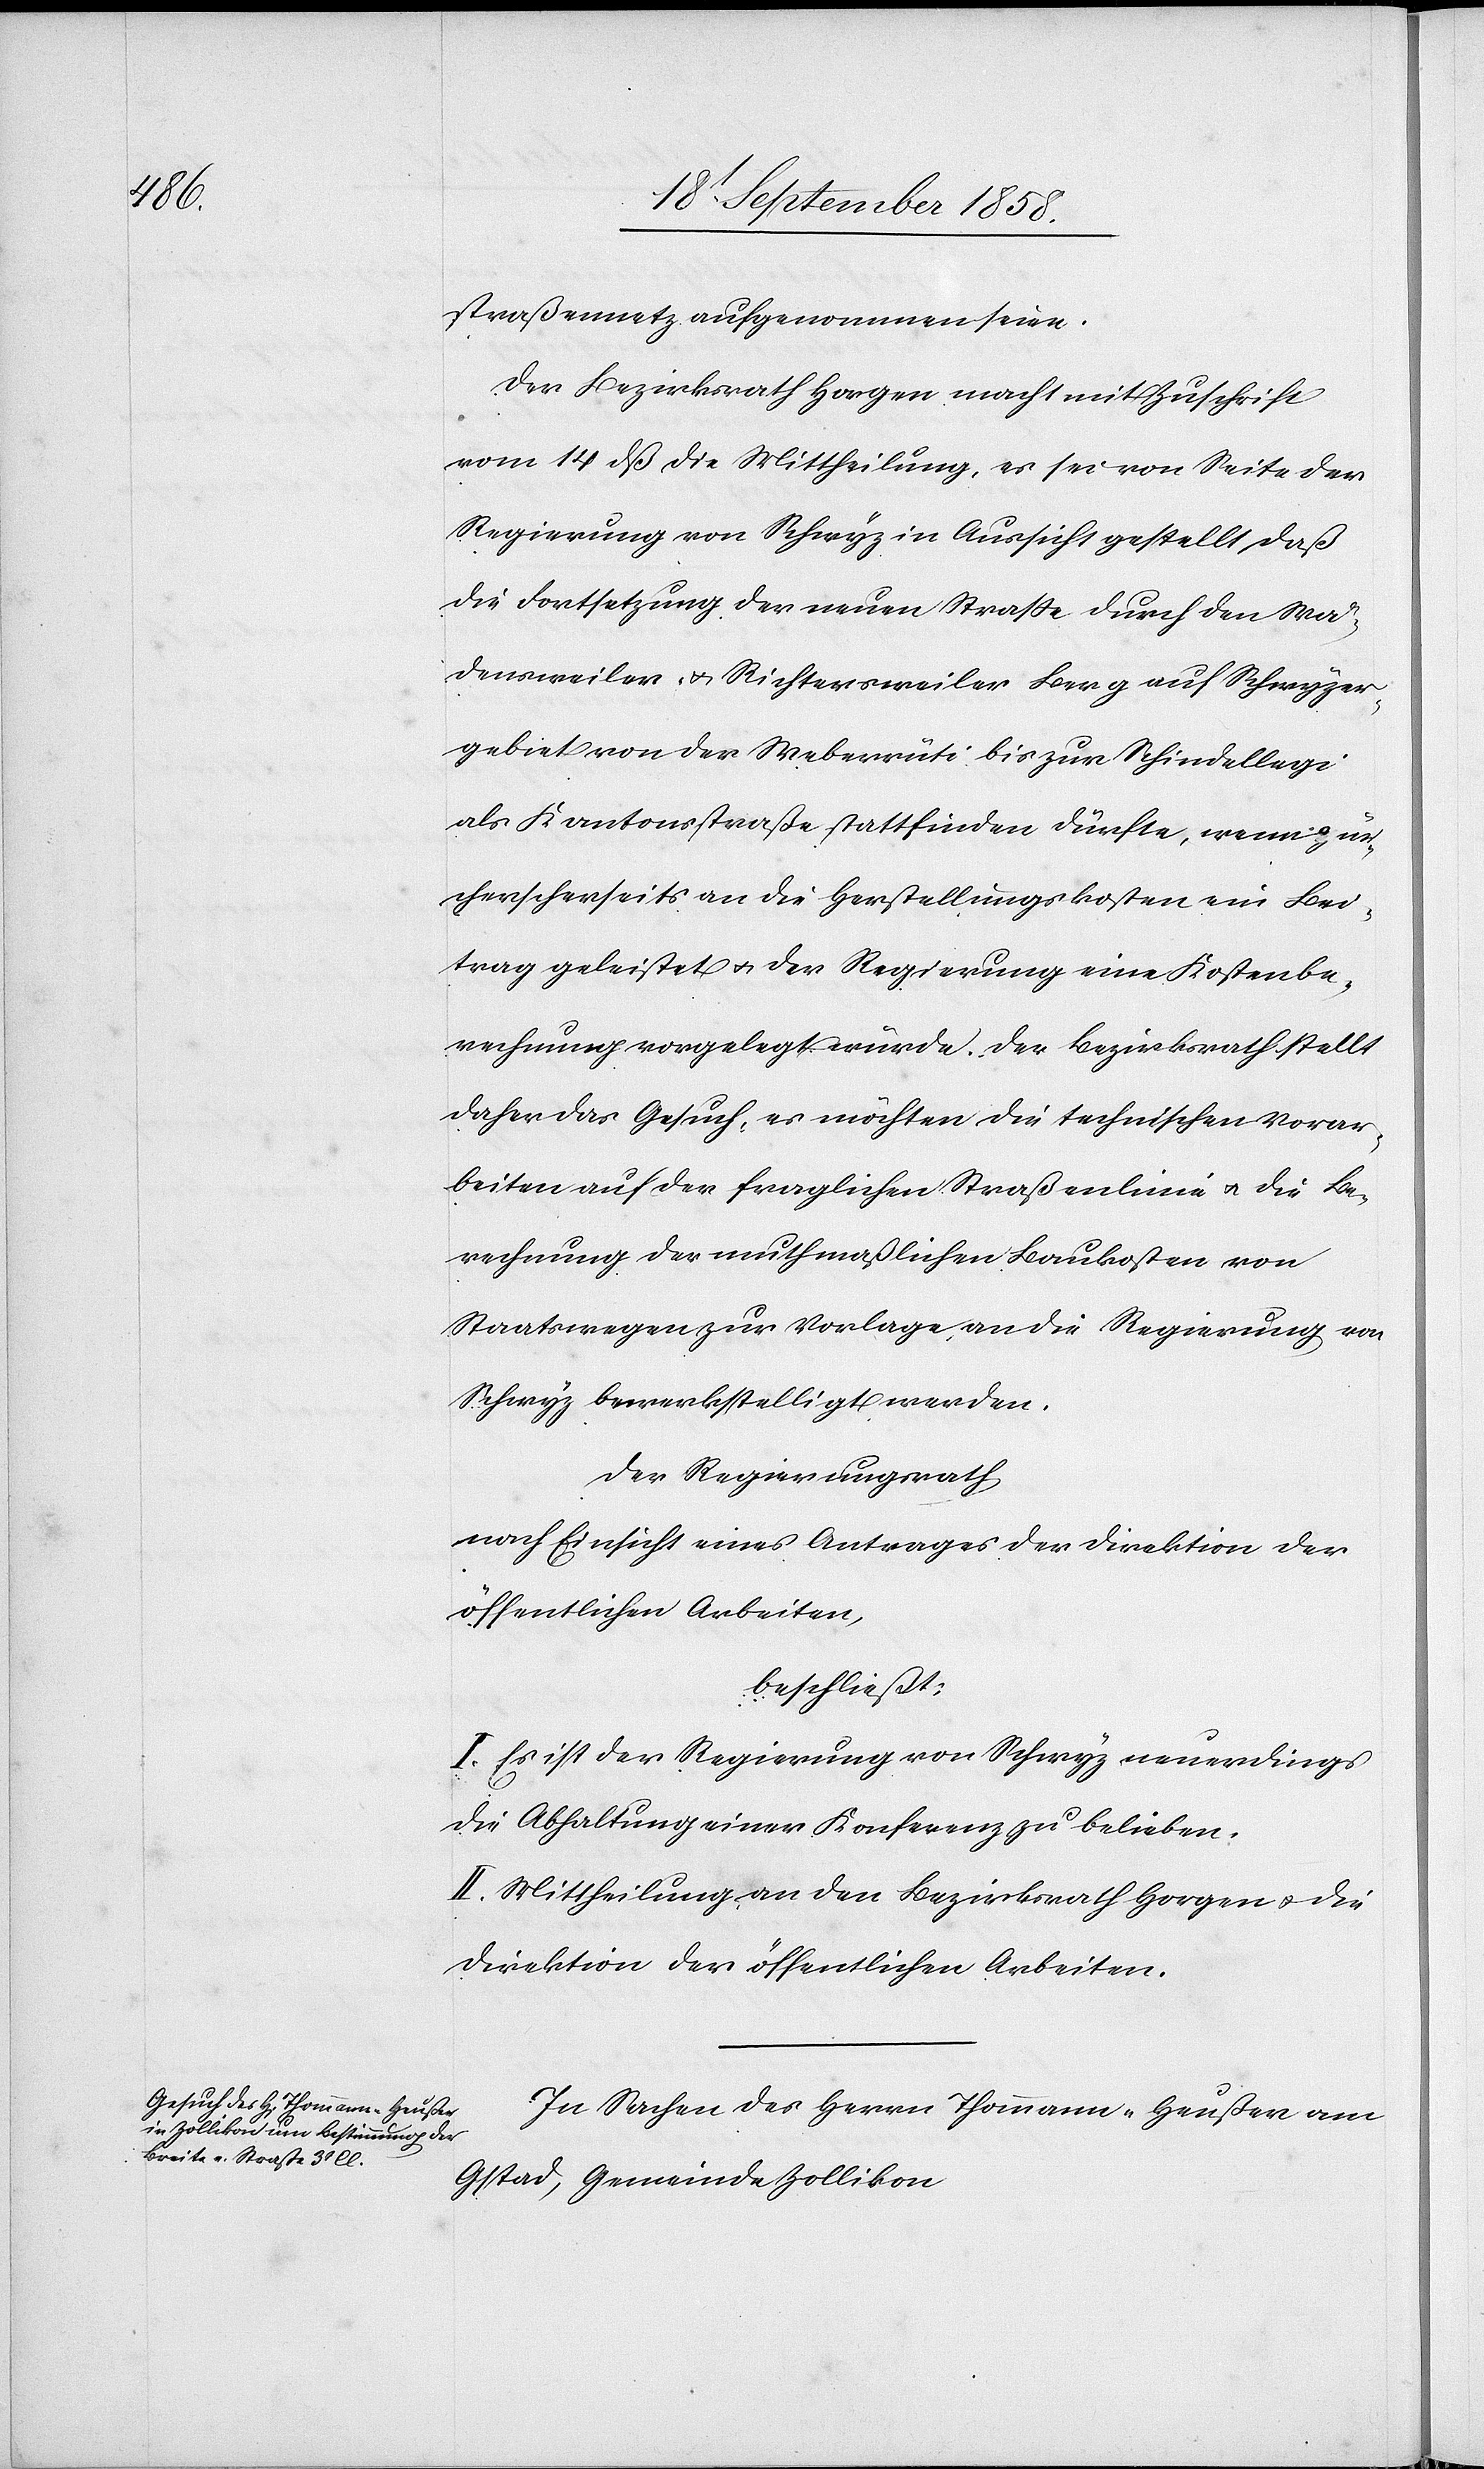
straßennetz aufgenommen seien.
Der Bezirksrath Horgen macht mit Zuschrift
vom 14 dß die Mittheilung, es sei von Seite der
Regierung von Schwyz in Aussicht gestellt, daß
die Fortsetzung der neuen Straße durch den Wä¬
densweiler- & Richtersweiler Berg auf Schwyzer¬
gebiet von der Weberrüti bis zur Schindellegi
als Kantonsstraße stattfinden dürfte, wenn zür¬
cherscherseits an die Herstellungskosten ein Bei¬
trag geleistet & der Regierung eine Kostenbe¬
rechnung vorgelegt würde. Der Bezirksrath stellt
daher das Gesuch, es möchten die technischen Vorar¬
beiten auf der fraglichen Straßenlinie & die Be¬
rechnung der muthmaßlichen Baukosten von
Staatswegen zur Vorlage an die Regierung von
Schwyz bewerkstelligt werden.
Der Regierungsrath
nach Einsicht eines Antrages der Direktion der
öffentlichen Arbeiten,
beschließt:
I. Es ist der Regierung von Schwyz neuerdings
die Abhaltung einer Konferenz zu belieben.
II. Mittheilung an den Bezirksrath Horgen & die
Direktion der öffentlichen Arbeiten.
In Sachen des Herrn Thommann-Heußer am
Gstad, Gemeinde Zollikon